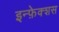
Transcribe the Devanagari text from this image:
इन्फ़ेक्शस